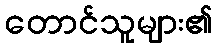
တောင်သူများ၏